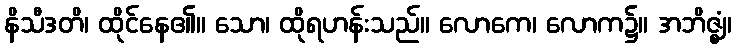
နိသီဒတိ၊ ထိုင်နေ၏။ သော၊ ထိုရဟန်းသည်။ လောကေ၊ လောက၌။ အဘိဇ္ဈံ၊